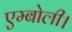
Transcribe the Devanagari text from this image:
एम्बोली।